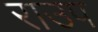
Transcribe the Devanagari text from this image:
राउप